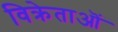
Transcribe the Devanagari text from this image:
विक्रेताऒं